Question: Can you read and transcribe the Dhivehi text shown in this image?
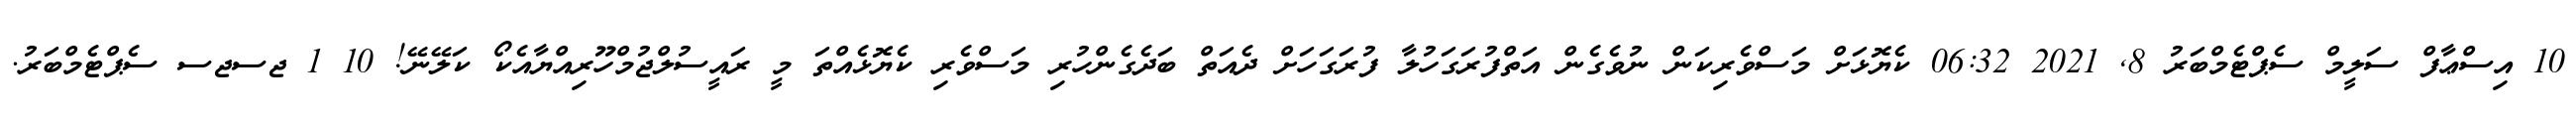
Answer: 10 އިސްޢާފް ސަލީމް ސެޕްޓެމްބަރު 8, 2021 06:32 ކެޔޮޅަށް މަސްވެރިކަން ނުވެގެން އަތްފުރަގަހުލާ ފުރަގަހަށް ދެއަތް ބަދެގެންހުރި މަސްވެރި ކެޔޮޅެއްތަ މީ ރައީސުލްޖުމްހޫރިއްޔާއެކޯ ކަލޭނޭ! 10 1 ޖސޖސ ސެޕްޓެމްބަރު.